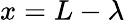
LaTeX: x=L-\lambda